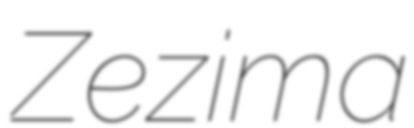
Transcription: Zezima